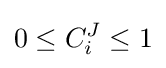
0\leq C_{i}^{J}\leq 1